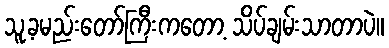
သူ့ခမည်းတော်ကြီးကတော့ သိပ်ချမ်းသာတာပဲ။